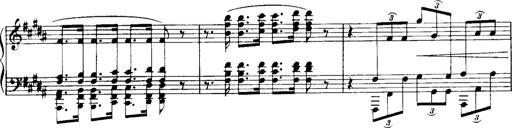
Title: Historische ungarische Bildnisse
Composer: Franz Liszt